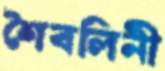
শৈবলিনী